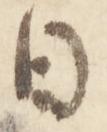
日